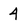
Character: 4